Lunatic asylums Burma 1907-21 - 1907-1921
Year: 1907
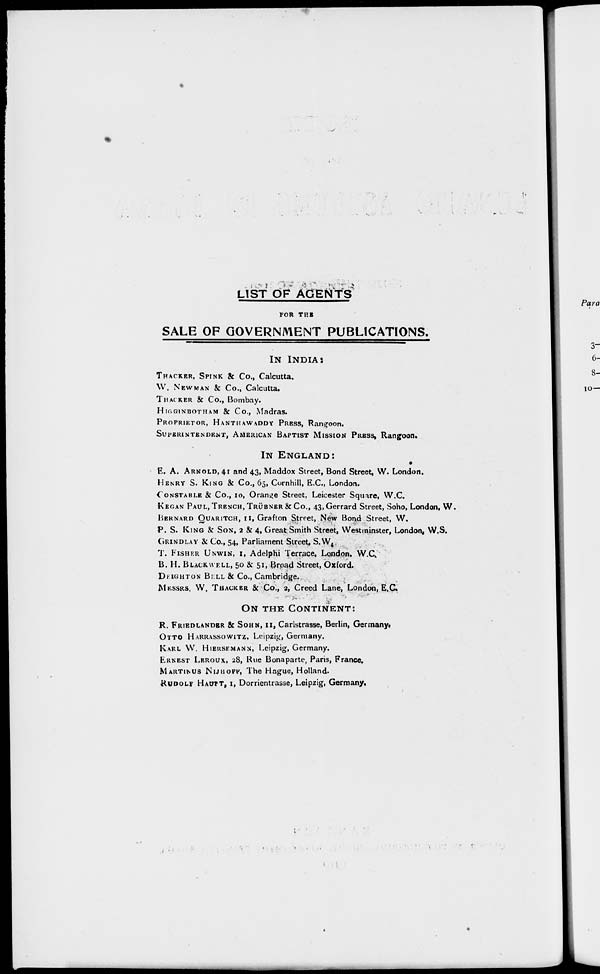
LIST OF AGENTS
FOR THE
SALE OF GOVERNMENT PUBLICATIONS.
IN INDIA :
THACKER, SPINK &Co., Calcutta.
W. NEWMAN & Co., Calcutta.
THACKER & Co., Bombay.
HIGGINBOTHAM & Co., Madras.
PROPRIETOR, HANTHAWADDY PRESS, Rangoon.
SUPERINTENDENT, AMERICAN BAPTIST MISSION PRESS, Rangoon.
IN ENGLAND:
E. A. ARNOLD, 41 and 43, Maddox Street, Bond Street, W. London.
HENRY S. KING & Co., 65, Cornhill, E.C., London.
CONSTABLE & Co., 10, Orange Street, Leicester Square, W.C.
KEGAN PAUL, TRENCH, TRÜBNER & Co., 43,Gerrard Street, Soho, London, W.
BERNARD QUARITCH, 11, Grafton Street, New Bond Street, W.
P. S. KING & SON, 2 & 4, Great Smith Street, Westminster, London, W.S.
GRIND LAY & Co., 54, Parliament Street, S.W.
T. FISHER UNWIN, I, Adelphi Terrace, London, W.C,
B. H. BLACKWELL, 50 & 51, Broad Street, Oxford.
DEIGHTON BELL & Co., Cambridge.
MESSRS. W. THACKER & Co., 2, Creed Lane, London, E.C
ON THE CONTINENT:
R. FRIEDLANDER & SOHN, II, Carlstrasse, Berlin, Germany.
OTTO HARRASSOWITZ, Leipzig, Germany.
KARL W HIERSEMANN, Leipzig, Germany.
ERNEST LEROUX, 28, Rue Bonaparte, Parts, Prance.
MARTINUS NIJHOFF, The Hague, Holland.
RUDOLF HAUPT, I, Dorrientrasse, Leipzig, Germany,